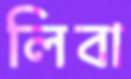
লিবা